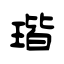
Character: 瑎